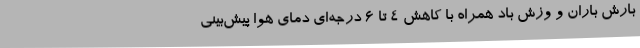
بارش باران و وزش باد همراه با کاهش 4 تا 6 درجه‌ای دمای هوا پیش‌بینی